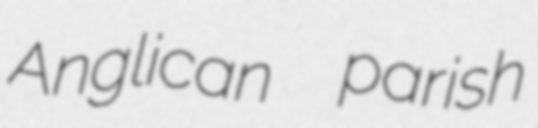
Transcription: Anglican  parish